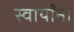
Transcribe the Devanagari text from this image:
स्वार्यांना